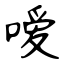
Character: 嗳